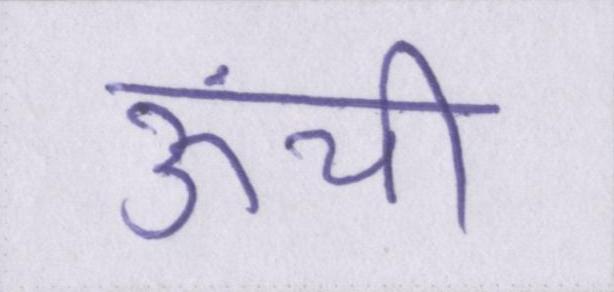
ऊंची